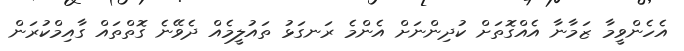
އެހެންވީމާ ޒަމާނާ އެއްގޮތަށް ކުދިންނަށް އެންމެ ރަނގަޅު ތައުލީމެއް ދެވޭނެ ގޮތްތައް ގާއިމްކުރަން